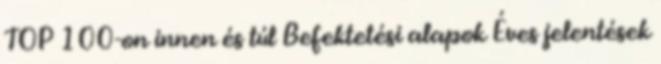
TOP 100-on innen és túl Befektetési alapok Éves jelentések